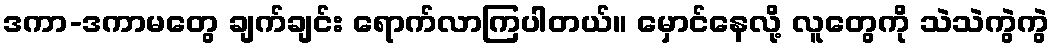
ဒကာ-ဒကာမတွေ ချက်ချင်း ရောက်လာကြပါတယ်။ မှောင်နေလို့ လူတွေကို သဲသဲကွဲကွဲ